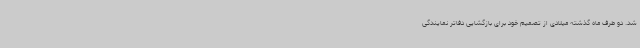
شد. دو طرف ماه گذشته میلادی از تصمیم خود برای بازگشایی دفاتر نمایندگی